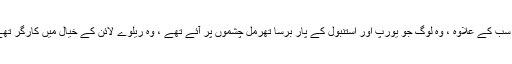
ان سب کے علاوہ ، وہ لوگ جو یورپ اور استنبول کے پار برسا تھرمل چشموں پر آئے تھے ، وہ ریلوے لائن کے خیال میں کارگر تھے۔